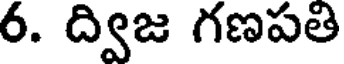
6. ద్విజ గణపతి